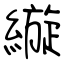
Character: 縼